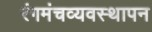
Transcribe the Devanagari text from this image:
रंगमंचव्यवस्थापन